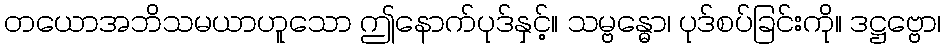
တယောအဘိသမယာဟူသော ဤနောက်ပုဒ်နှင့်။ သမ္ဗန္ဓော၊ ပုဒ်စပ်ခြင်းကို။ ဒဋ္ဌဗ္ဗော၊